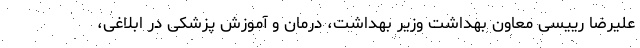
علیرضا رییسی معاون بهداشت وزیر بهداشت، درمان و آموزش پزشکی در ابلاغی،